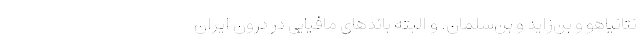
نتانیاهو و بن‌زاید و بن‌سلمان. و البته باندهای مافیایی در درون ایران